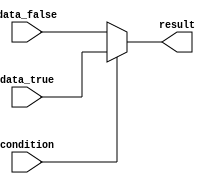
module ternary_operator_if_else (
    input condition,
    input data_true,
    input data_false,
    output reg result
);

always @(*) begin
    result = (condition) ? data_true : data_false;
    
end

endmodule